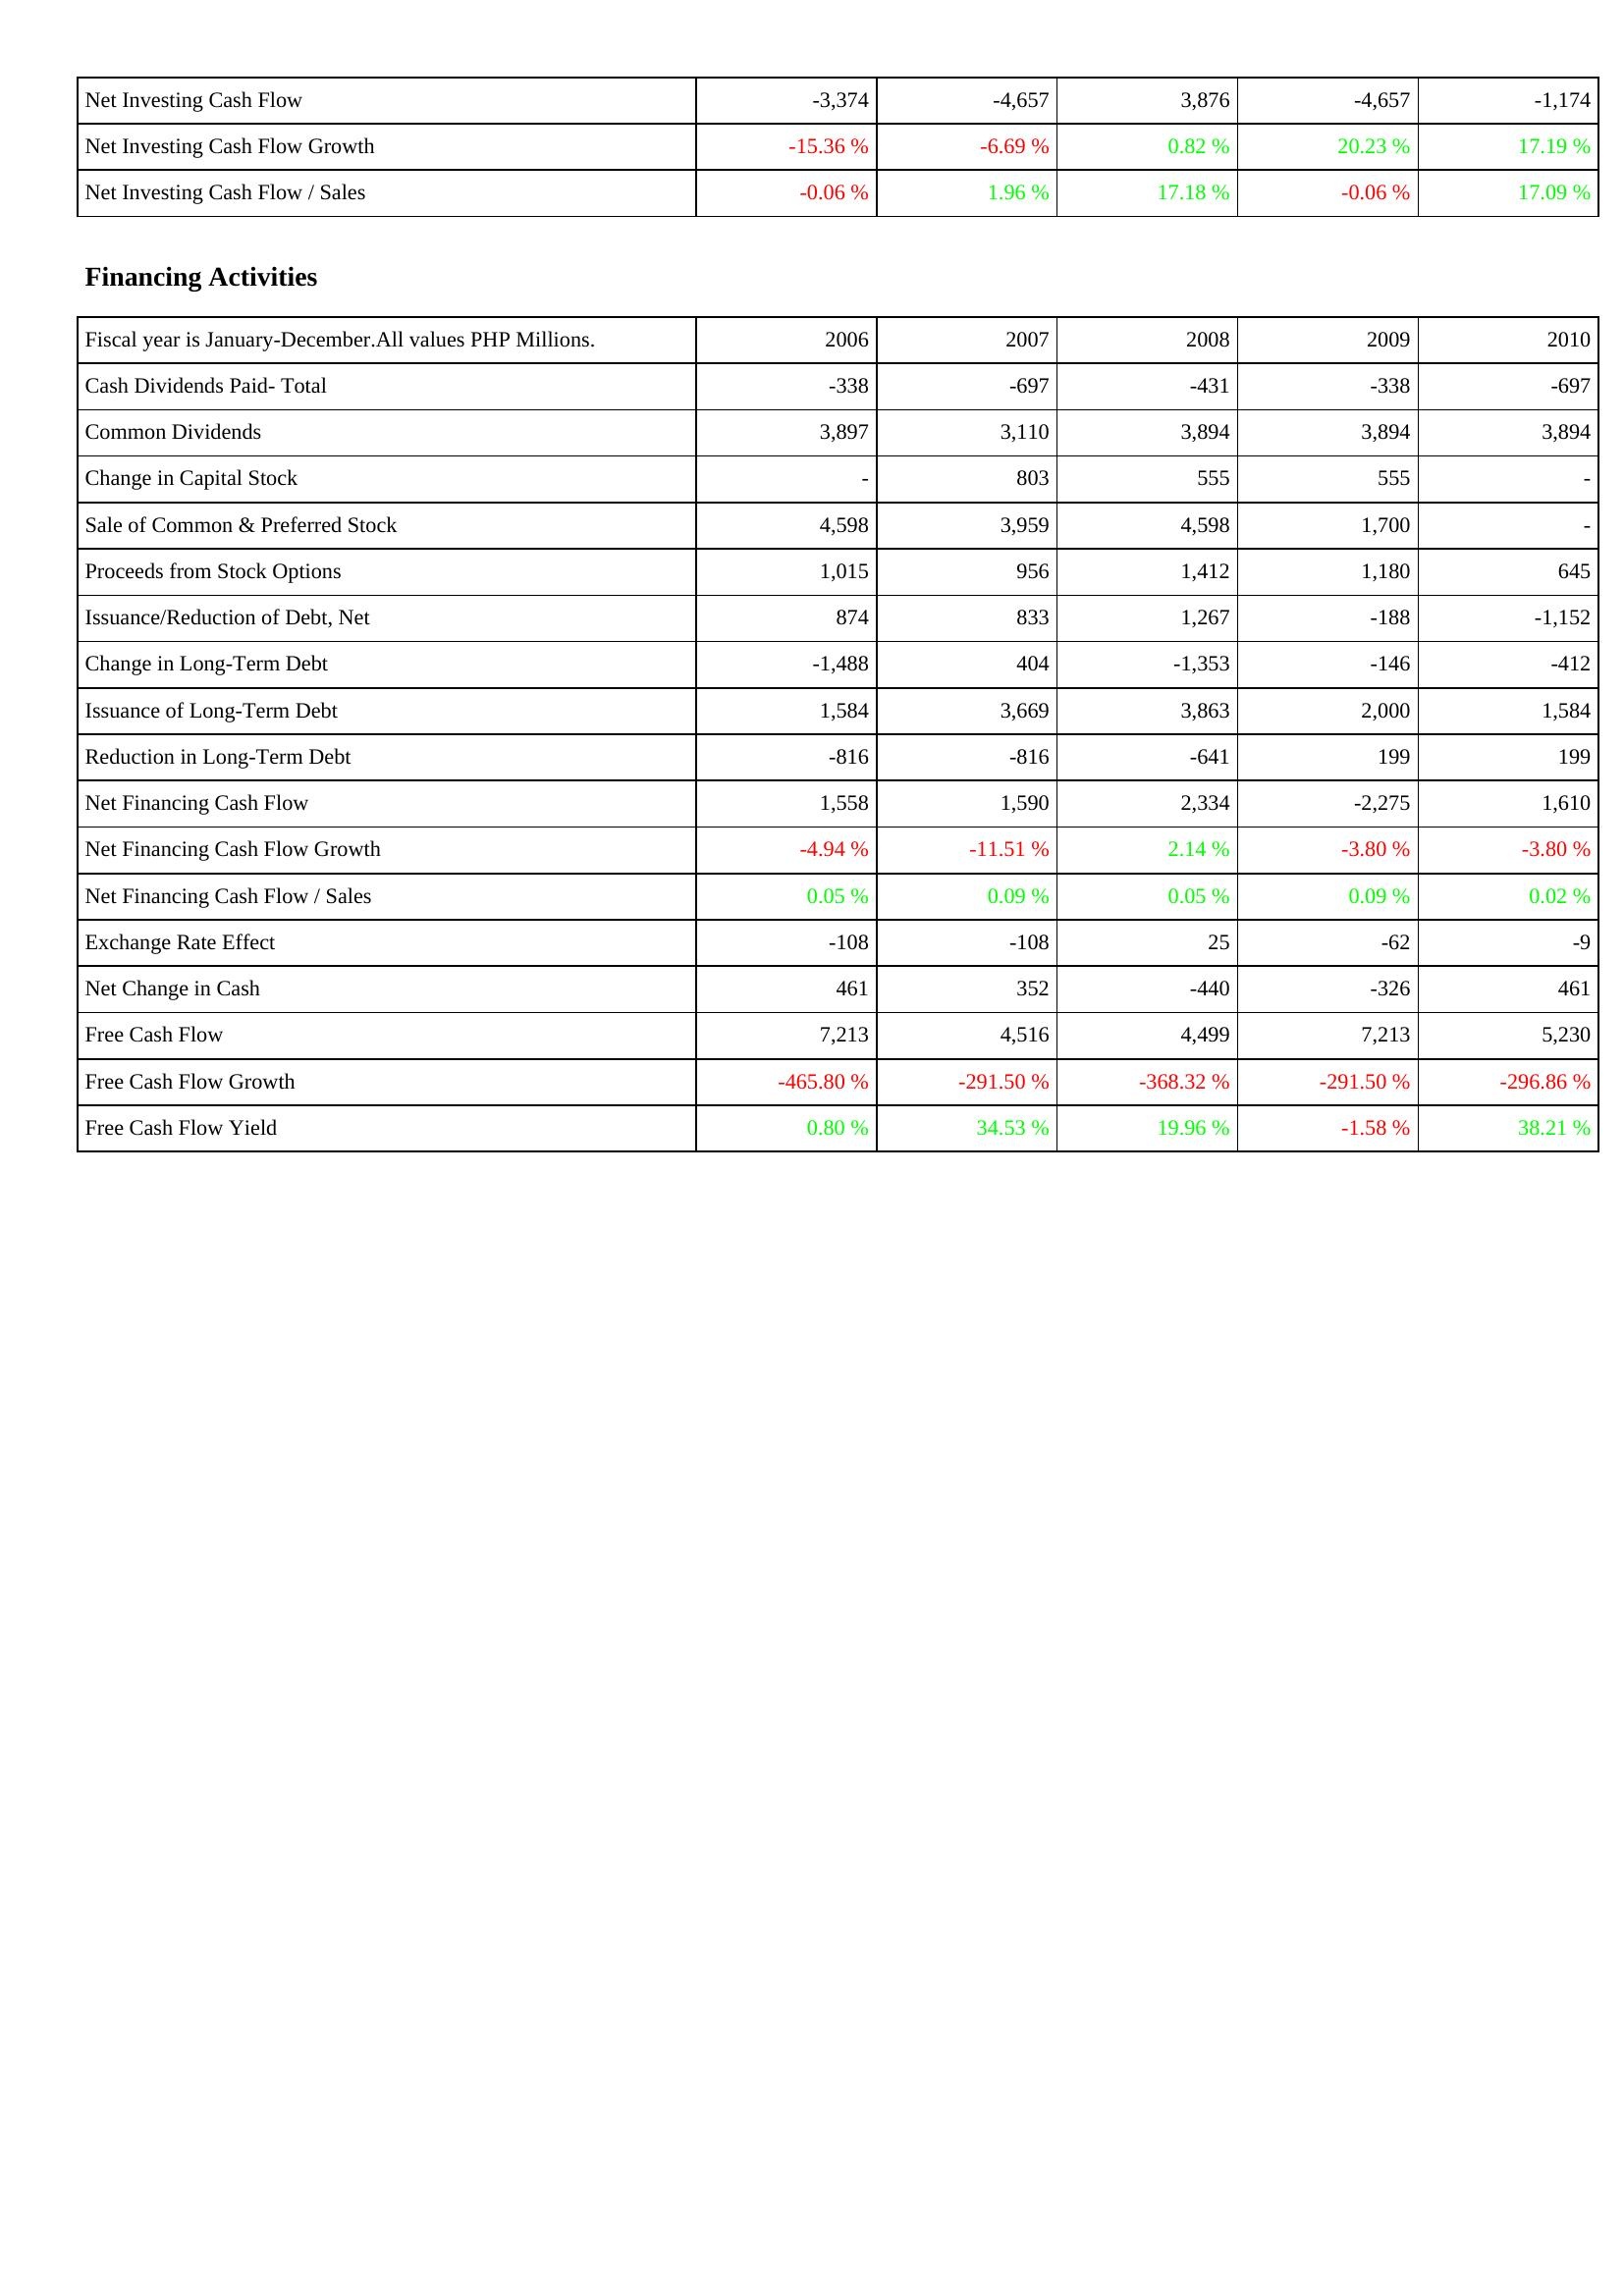
2006: Investing Activities: Net Investing Cash Flow: -3,374
Net Investing Cash Flow Growth: -15.36 %
Net Investing Cash Flow / Sales: -0.06 %
Financing Activities: Cash Dividends Paid- Total: -338
Common Dividends: 3,897
Change in Capital Stock: -
Sale of Common & Preferred Stock: 4,598
Proceeds from Stock Options: 1,015
Issuance/Reduction of Debt, Net: 874
Change in Long-Term Debt: -1,488
Issuance of Long-Term Debt: 1,584
Reduction in Long-Term Debt: -816
Net Financing Cash Flow: 1,558
Net Financing Cash Flow Growth: -4.94 %
Net Financing Cash Flow / Sales: 0.05 %
Exchange Rate Effect: -108
Net Change in Cash: 461
Free Cash Flow: 7,213
Free Cash Flow Growth: -465.80 %
Free Cash Flow Yield: 0.80 %
2007: Investing Activities: Net Investing Cash Flow: -4,657
Net Investing Cash Flow Growth: -6.69 %
Net Investing Cash Flow / Sales: 1.96 %
Financing Activities: Cash Dividends Paid- Total: -697
Common Dividends: 3,110
Change in Capital Stock: 803
Sale of Common & Preferred Stock: 3,959
Proceeds from Stock Options: 956
Issuance/Reduction of Debt, Net: 833
Change in Long-Term Debt: 404
Issuance of Long-Term Debt: 3,669
Reduction in Long-Term Debt: -816
Net Financing Cash Flow: 1,590
Net Financing Cash Flow Growth: -11.51 %
Net Financing Cash Flow / Sales: 0.09 %
Exchange Rate Effect: -108
Net Change in Cash: 352
Free Cash Flow: 4,516
Free Cash Flow Growth: -291.50 %
Free Cash Flow Yield: 34.53 %
2008: Investing Activities: Net Investing Cash Flow: 3,876
Net Investing Cash Flow Growth: 0.82 %
Net Investing Cash Flow / Sales: 17.18 %
Financing Activities: Cash Dividends Paid- Total: -431
Common Dividends: 3,894
Change in Capital Stock: 555
Sale of Common & Preferred Stock: 4,598
Proceeds from Stock Options: 1,412
Issuance/Reduction of Debt, Net: 1,267
Change in Long-Term Debt: -1,353
Issuance of Long-Term Debt: 3,863
Reduction in Long-Term Debt: -641
Net Financing Cash Flow: 2,334
Net Financing Cash Flow Growth: 2.14 %
Net Financing Cash Flow / Sales: 0.05 %
Exchange Rate Effect: 25
Net Change in Cash: -440
Free Cash Flow: 4,499
Free Cash Flow Growth: -368.32 %
Free Cash Flow Yield: 19.96 %
2009: Investing Activities: Net Investing Cash Flow: -4,657
Net Investing Cash Flow Growth: 20.23 %
Net Investing Cash Flow / Sales: -0.06 %
Financing Activities: Cash Dividends Paid- Total: -338
Common Dividends: 3,894
Change in Capital Stock: 555
Sale of Common & Preferred Stock: 1,700
Proceeds from Stock Options: 1,180
Issuance/Reduction of Debt, Net: -188
Change in Long-Term Debt: -146
Issuance of Long-Term Debt: 2,000
Reduction in Long-Term Debt: 199
Net Financing Cash Flow: -2,275
Net Financing Cash Flow Growth: -3.80 %
Net Financing Cash Flow / Sales: 0.09 %
Exchange Rate Effect: -62
Net Change in Cash: -326
Free Cash Flow: 7,213
Free Cash Flow Growth: -291.50 %
Free Cash Flow Yield: -1.58 %
2010: Investing Activities: Net Investing Cash Flow: -1,174
Net Investing Cash Flow Growth: 17.19 %
Net Investing Cash Flow / Sales: 17.09 %
Financing Activities: Cash Dividends Paid- Total: -697
Common Dividends: 3,894
Change in Capital Stock: -
Sale of Common & Preferred Stock: -
Proceeds from Stock Options: 645
Issuance/Reduction of Debt, Net: -1,152
Change in Long-Term Debt: -412
Issuance of Long-Term Debt: 1,584
Reduction in Long-Term Debt: 199
Net Financing Cash Flow: 1,610
Net Financing Cash Flow Growth: -3.80 %
Net Financing Cash Flow / Sales: 0.02 %
Exchange Rate Effect: -9
Net Change in Cash: 461
Free Cash Flow: 5,230
Free Cash Flow Growth: -296.86 %
Free Cash Flow Yield: 38.21 %